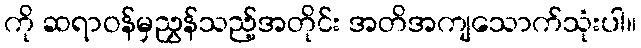
ကို ဆရာဝန်မှညွှန်သည့်အတိုင်း အတိအကျသောက်သုံးပါ။